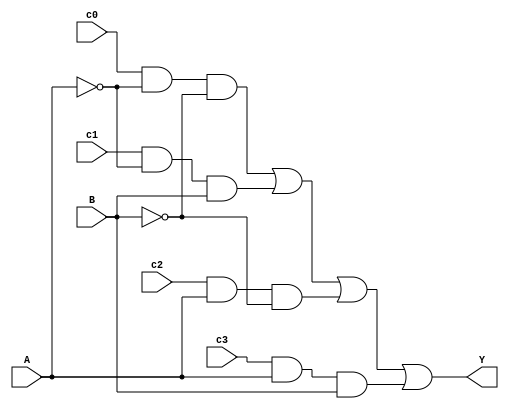
module mux_from_gates (c0,c1,c2,c3,A,B,Y);
input c0,c1,c2,c3,A,B;
output Y;
wire y0,y1,y2,y3;
not (a_inv,A);
not (b_inv,B);
and (y0,c0,a_inv,b_inv); 
  and (y1,c1,a_inv,B); 
  and (y2,c2,A,b_inv); 
  and (y3,c3,A,B); 
  
  or (Y, y0,y1,y2,y3); 
endmodule